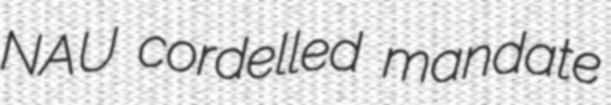
NAU cordelled mandate